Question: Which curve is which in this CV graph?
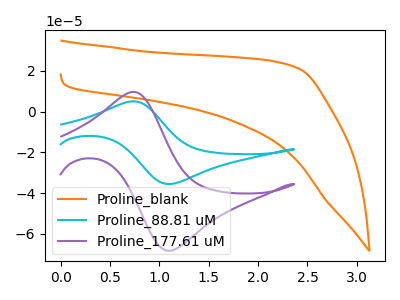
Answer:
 <answer>The orange curve is labeled "Proline_blank". The cyan curve is labeled "Proline_88.81 uM". The purple curve is labeled "Proline_177.61 uM".</answer>
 <eval></eval>